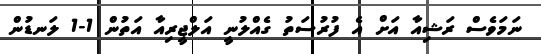
ނަމަވެސް ރަޝިއާ އަށް އެ ފުރުސަތު ގެއްލުނީ އަލްޖީރިއާ އަތުން 1-1 ލަނޑުން